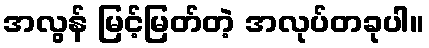
အလွန် မြင့်မြတ်တဲ့ အလုပ်တခုပါ။